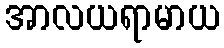
အာလယရာမာယ